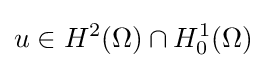
u\in H^{2}(\Omega )\cap H_{0}^{1}(\Omega )